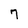
Character: 7